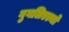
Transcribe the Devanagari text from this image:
गुगलिएल्मो